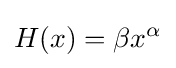
H(x)=\beta x^{\alpha }